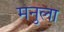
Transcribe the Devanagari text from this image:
मनुला